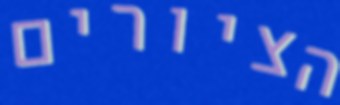
הציורים